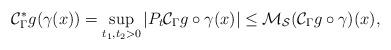
LaTeX: \begin{align*}\mathcal{C}^*_\Gamma g(\gamma(x))&=\sup_{t_1,t_2>0}|P_t\mathcal{C}_\Gamma g\circ \gamma(x)|\leq \mathcal{M_S}(\mathcal{C}_\Gamma g\circ\gamma)(x),\end{align*}